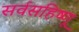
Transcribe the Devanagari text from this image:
सर्वसहिष्णू